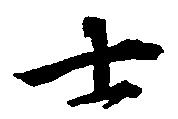
士